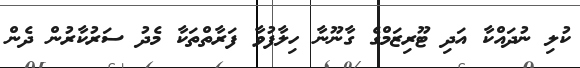
ކުލި ނުދައްކާ އަދި ޓޫރިޒަމްގެ ގާނޫނާ ހިލާފުވާ ފަރާތްތަކާ މެދު ސަރުކާރުން ދެން